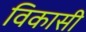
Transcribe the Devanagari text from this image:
विकासी